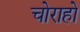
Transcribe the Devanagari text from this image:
चोराहो